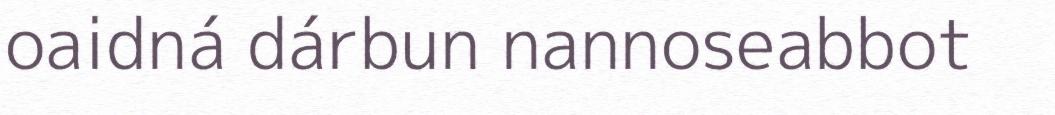
oaidná dárbun nannoseabbot